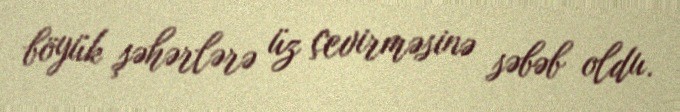
böyük şəhərlərə üz çevirməsinə səbəb oldu.